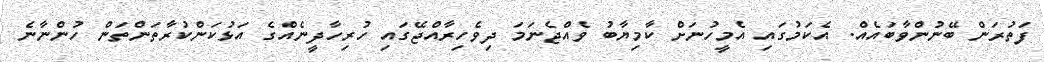
ފަތުރަން ބޭނުންވާބައެއް. އެކަމުގައި އެމީހުނަށް ކާމިޔާބު ވެއްޖެނަމަ ދިވެހިރާއްޖޭގައި ހުރިހާދީނެއްގެ އަޅުކަންކުރާތަންތަން ހުންނާނެ